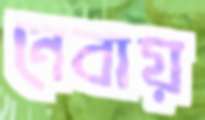
নেবায়